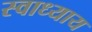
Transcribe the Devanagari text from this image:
स्‍वाध्‍याय